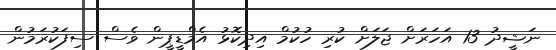
ނަޝީދު 13 އަހަރަށް ޖަލަށް ކުރި ހުކުމް އިދިކޮޅު އެމްޑީޕީން ވެސް ސިފަކުރަމުން